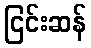
ငြင်းဆန်